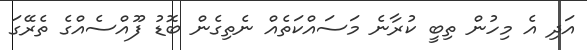
އަދި އެ މިހުން ތިބީ ކުރާނެ މަސައްކަތެއް ނެތިގެން ބޮޑު ފޫއްސެއްގެ ތެރޭގަ